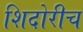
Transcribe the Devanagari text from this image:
शिदोरीच